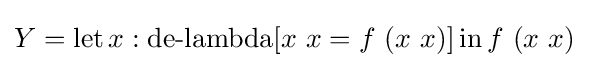
Y=\operatorname {let} x:\operatorname {de-lambda} [x\ x=f\ (x\ x)]\operatorname {in} f\ (x\ x)